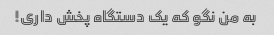
به من نگو ​​که یک دستگاه پخش داری!